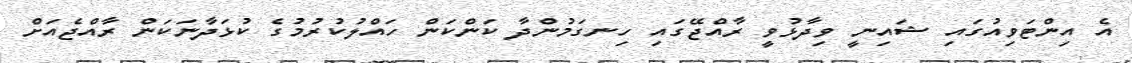
އެ އިންޓަވިއުގައި ޝައިނީ ވިދާޅުވީ ރާއްޖޭގައި ހިނގަމުންދާ ކަންކަން ހައްލުކުރުމުގެ ކުޅަދާނަކަން ރާއްޖެއަށް